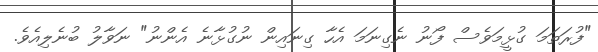
"ފުރަތަމަ ގުޅީމަވެސް ފޯނު ނެގިނަމަ އެހާ ގިނައިން ނުގުޅާނެ އެންނު" ނަވާލު ބުނެލިއެވެ.